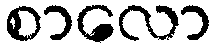
စာလော